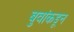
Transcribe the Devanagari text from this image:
बुवांकडून